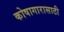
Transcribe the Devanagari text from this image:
कोषागारासाठी